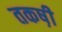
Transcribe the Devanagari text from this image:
तकष़ी